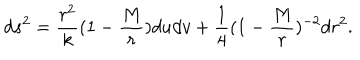
d s ^ { 2 } = { \frac { r ^ { 2 } } { k } } ( 1 - { \frac { M } { r } } ) d u d v + { \frac { 1 } { 4 } } ( 1 - { \frac { M } { r } } ) ^ { - 2 } d r ^ { 2 } .